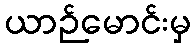
ယာဉ်မောင်းမှ